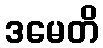
ဒမေတိ